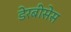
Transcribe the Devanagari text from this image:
डेरबीसेस